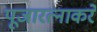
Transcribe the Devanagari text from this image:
पूजारत्नाकरे